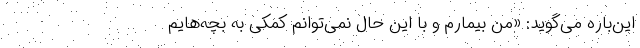
این‌باره می‌گوید: «من بیمارم و با این حال نمی‌توانم کمکی به بچه‌هایم